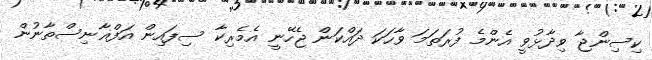
ކިސިންޖާ ވިދާޅުވީ އެންމެ ފުރަތަމަ ވާހަކަ ދައްކަން ޖެހޭނީ އެމެރިކާ ސިފައިން އަފްޣާނިސްތާނުން